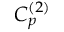
C _ { p } ^ { ( 2 ) }